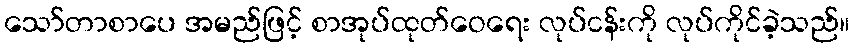
သော်တာစာပေ အမည်ဖြင့် စာအုပ်ထုတ်ဝေရေး လုပ်ငန်းကို လုပ်ကိုင်ခဲ့သည်။